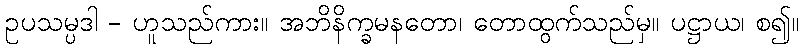
ဥပသမ္ပဒါ - ဟူသည်ကား။ အဘိနိက္ခမနတော၊ တောထွက်သည်မှ။ ပဋ္ဌာယ၊ စ၍။